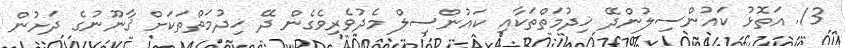
13. އަތޮޅު ކައުންސިލުންދޭ ޚިދުމަތްތަކާއި ކައުންސިލް މެދުވެރިވެގެން ދޭ ޚިދުމަތްތަކަށް ޤާނޫނުގެ ދަށުން